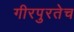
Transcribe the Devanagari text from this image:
गीरपुरतेच